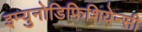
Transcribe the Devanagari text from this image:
इम्युनोडिफिशियेन्सी